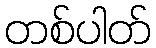
တစ်ပါတ်